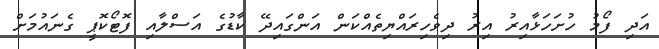
އަދި ފޯމު ހުށަހަޅާއިރު އިރު ދިވެހިރައްޔިތެއްކަން އަންގައިދޭ ކާޑުގެ އަސްލާއި ފޮޓޯކޮޕީ ގެނައުމަށް